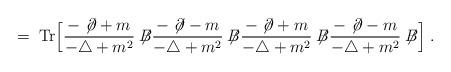
LaTeX: \begin{align*}= \; \mbox{Tr} \Big[\frac{- \not{\!\partial}+m}{-\triangle + m^2} \not{\!\!B}\frac{- \not{\!\partial}-m}{-\triangle + m^2} \not{\!\!B}\frac{- \not{\!\partial}+m}{-\triangle + m^2} \not{\!\!B}\frac{- \not{\!\partial}-m}{-\triangle + m^2} \not{\!\!B}\Big]\; .\end{align*}